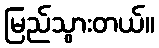
မြည်သွားတယ်။